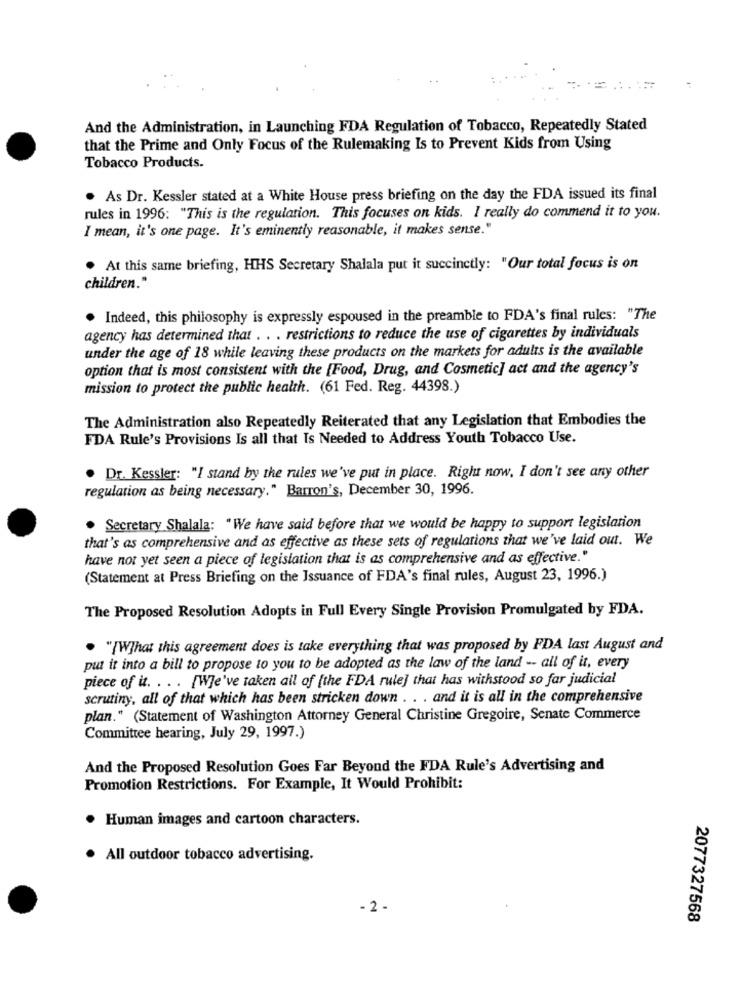
And the Administration, in Launching FDA Regulation of Tobacco, Repeatedly Stated
that the Prime and Only Focus of the Rulemaking Is to Prevent Kids from Using
Tobacco Products.
As Dr. Kessler stated at a White House press briefing on the day the FDA issued its final
rules in 1996: "This is the regulation. This focuses on kids. I really do commend it to you.
I mean, it's one page. It's eminently reasonable, it makes sense."
. At this same briefing, HHS Secretary Shalala put it succinctly: "Our total focus is on
children."
. Indeed, this philosophy is expressly espoused in the preamble to FDA's final rules: "The
agency has determined that . . . restrictions to reduce the use of cigarettes by individuals
under the age of 18 while leaving these products on the markets for adults is the available
option that is most consistent with the {Food, Drug, and Cosmetic] act and the agency's
mission to protect the public health. (61 Fed. Reg. 44398.)
The Administration also Repeatedly Reiterated that any Legislation that Embodies the
FDA Rule's Provisions Is all that Is Needed to Address Youth Tobacco Use.
Dr. Kessler: "I stand by the rules we've put in place. Right now. I don't see any other
regulation as being necessary." Barron's, December 30, 1996.
. Secretary Shalala: "We have said before that we would be happy to support legislation
that's as comprehensive and as effective as these sets of regulations that we've laid out. We
have not yet seen a piece of legislation that is as comprehensive and as effective."
(Statement at Press Briefing on the Issuance of FDA's final rules, August 23, 1996.)
The Proposed Resolution Adopts in Full Every Single Provision Promulgated by FDA.
. "[W]hat this agreement does is take everything that was proposed by FDA last August and
put it into a bill to propose to you to be adopted as the law of the land -- all of it, every
piece of it. . .. [We've taken all of [the FDA rule] that has withstood so far judicial
scrutiny, all of that which has been stricken down . . . and it is all in the comprehensive
plan." (Statement of Washington Attorney General Christine Gregoire, Senate Commerce
Committee hearing, July 29, 1997.)
And the Proposed Resolution Goes Far Beyond the FDA Rule's Advertising and
Promotion Restrictions. For Example, It Would Prohibit:
Human images and cartoon characters.
All outdoor tobacco advertising.
- 2 .
2077327568